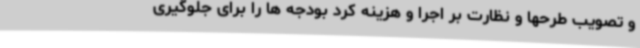
و تصویب طرحها و نظارت بر اجرا و هزینه کرد بودجه ها را برای جلوگیری